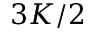
3 K / 2